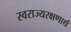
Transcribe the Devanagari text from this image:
स्वराज्यरक्षणार्थ